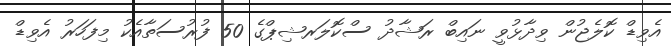
އެވިޑް ކޮލެޖުން ވިދާޅުވީ ނައިބް ރަޝާދު ސްކޮލަރޝިޕްގެ 50 ފުރުސަތާއެކު މިފަހަރު އެވިޑް